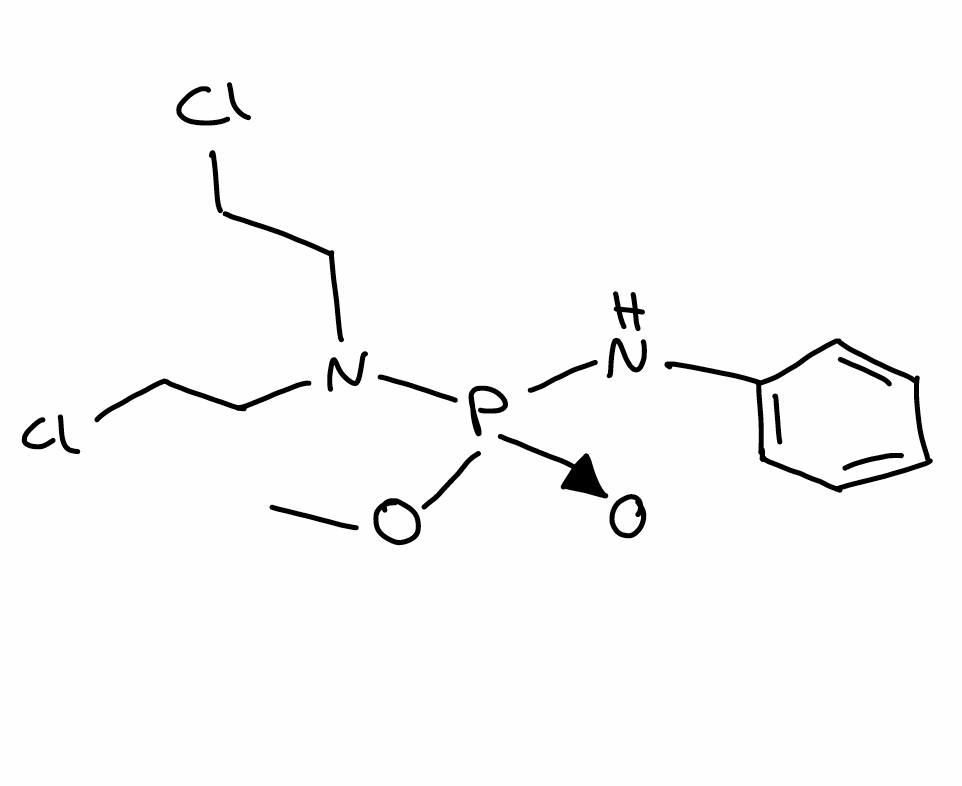
Simplified molecular-input line-entry system (SMILES) notation of the given molecule:
CO[P+](NC1=CC=CC=C1)(N(CCCl)CCCl)[O-]